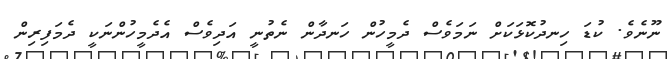
ނޫނެވެ. ކުޑަ ހިނދުކޮޅަކަށް ނަމަވެސް ދެމީހުން ހަނދާން ނެތުނީ އަދިވެސް އެދެމީހުންނަކީ ދެމަފިރިން